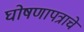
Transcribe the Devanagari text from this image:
घोषणापत्राचे